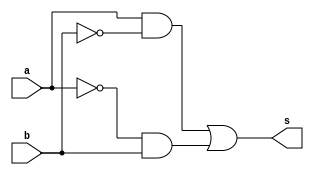

// Nome: Mateus Cunha da Silva 
// --------------------- 
// --------------------- 
// -- XORgate
// ---------------------
module xorGate ( output s,
 input a, input b);
 	assign s = ((a&(~b))|((~a)& b));
 endmodule // nor
// --------------------- 
// -- test nandgate 
// --------------------- 
module exercicio;

	reg a, b;
	wire s;

xorGate xor1 ( s, a, b );
// ------ Preparaao
initial begin:start
	a=0;
	b=0;
end 

// ------------------------- parte principal 
initial begin:main
	$display("Exercicioo0006 - Mateus Cunha da Silva - 463624"); 
	$display("Tabela "); 
	$display("\n a ^ b = s\n"); 
	$monitor(" %b ^ %b = %b ", a, b, s);
	#1a=0; b=1;
	#1a=1; b=0;
	#1a=1; b=1;
end
endmodule//exercicio0001